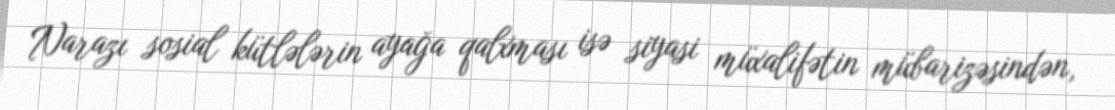
Narazı sosial kütlələrin ayağa qalxması isə siyasi müxalifətin mübarizəsindən,